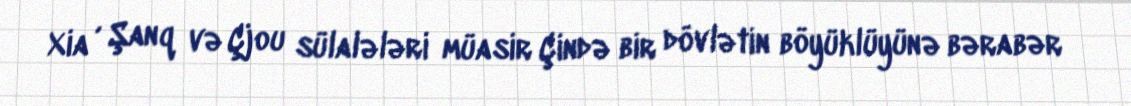
Xia , Şanq və Çjou sülalələri müasir Çində bir dövlətin böyüklüyünə bərabər